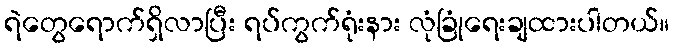
ရဲတွေရောက်ရှိလာပြီး ရပ်ကွက်ရုံးနား လုံခြုံရေးချထားပါတယ်။